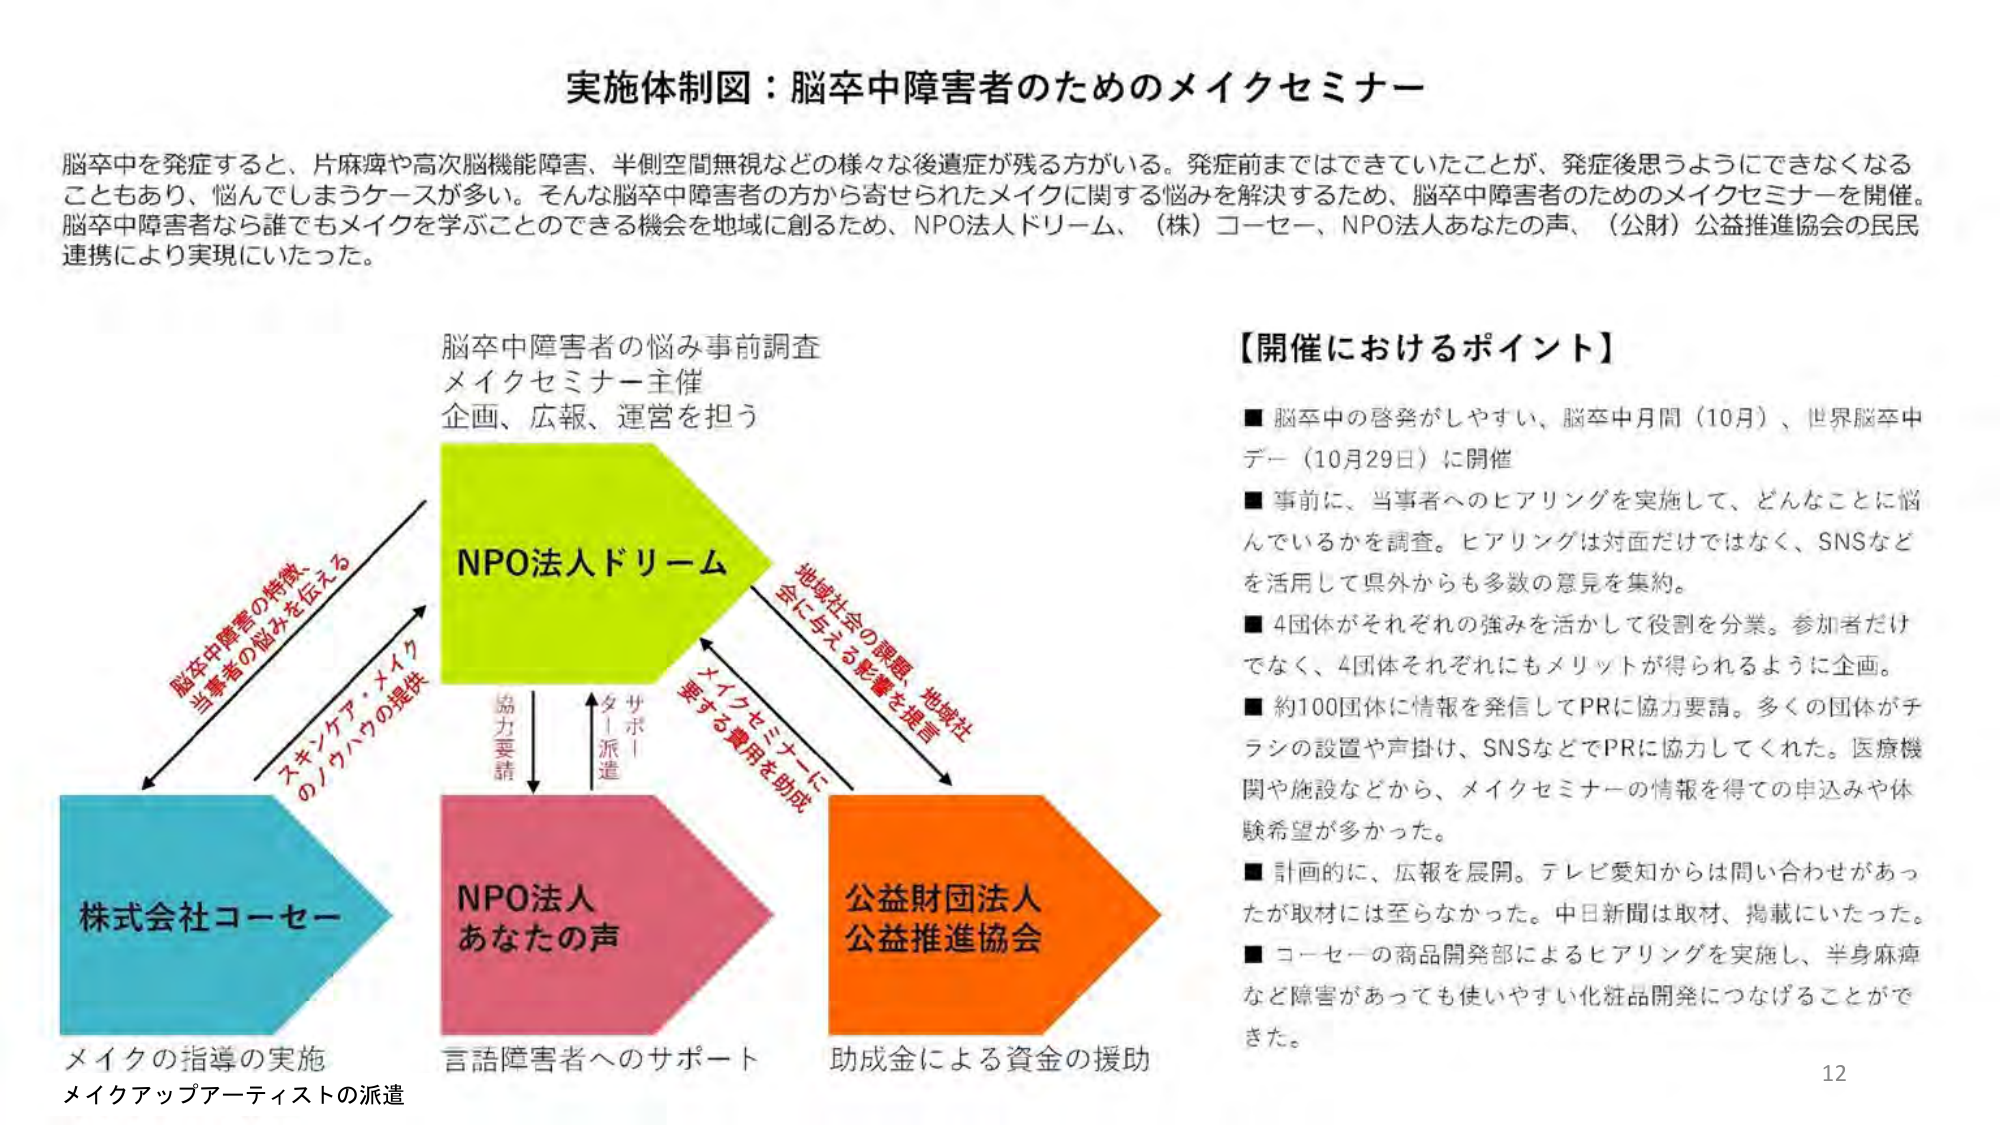
実施体制図：脳卒中障害者のためのメイクセミナー

脳卒中を発症すると、片麻痺や高次脳機能障害、半側空間無視などの様々な後遺症が残る方がいる。発症前まではできていたことが、発症後思うようにできなくなることもあり、悩んでしまうケースが多い。そんな脳卒中障害者の方から寄せられたメイクに関する悩みを解決するため、脳卒中障害者のためのメイクセミナーを開催。脳卒中障害者なら誰でもメイクを学ぶことのできる機会を地域に創るため、NPO法人ドリーム、（株）コーセー、NPO法人あなたの声、（公財）公益推進協会の民民連携により実現にいたった。

脳卒中障害者の悩み事前調査
メイクセミナー主催
企画、広報、運営を担う

NPO法人ドリーム

脳卒中障害者の特徴、当事者の悩みを伝える
スキンケア・メイクのノウハウの提供

株式会社コーセー
メイクの指導の実施
メイクアップアーティストの派遣

NPO法人
あなたの声
言語障害者へのサポート

公益財団法人
公益推進協会
助成金による資金の援助

地域社会の課題、地域社会に与える影響を提言
メイクセミナーに要する費用を助成

協力要請
サポート派遣

【開催におけるポイント】

■ 脳卒中の啓発がしやすい、脳卒中月間（10月）、世界脳卒中デー（10月29日）に開催
■ 事前に、当事者へのヒアリングを実施して、どんなことに悩んでいるかを調査。ヒアリングは対面だけではなく、SNSなどを活用して県外からも多数の意見を集約。
■ 4団体がそれぞれの強みを活かして役割を分業。参加者だけでなく、4団体それぞれにもメリットが得られるように企画。
■ 約100団体に情報を発信してPRに協力要請。多くの団体がチラシの設置や声掛け、SNSなどでPRに協力してくれた。医療機関や施設などから、メイクセミナーの情報を得ての申込みや体験希望が多かった。
■ 計画的に、広報を展開。テレビ愛知からは問い合わせがあったが取材には至らなかった。中日新聞は取材、掲載にいたった。
■ コーセーの商品開発部によるヒアリングを実施し、半身麻痺など障害があっても使いやすい化粧品開発につなげることができた。

12